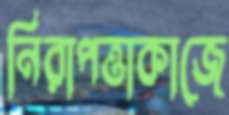
নিরাপত্তাকাজে